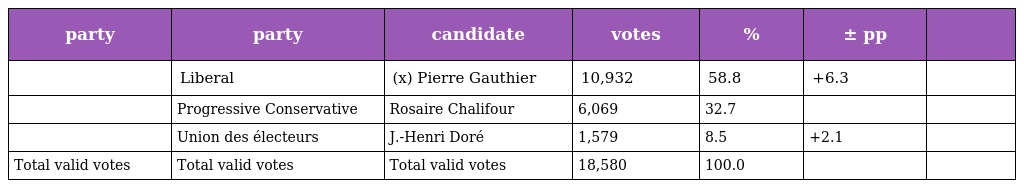
| party | party | candidate | votes | % | ± pp |  |
 | --- | --- | --- | --- | --- | --- | --- |
 |  | Liberal | (x) Pierre Gauthier | 10,932 | 58.8 | +6.3 |  |
 |  | Progressive Conservative | Rosaire Chalifour | 6,069 | 32.7 |  |  |
 |  | Union des électeurs | J.-Henri Doré | 1,579 | 8.5 | +2.1 |  |
 | Total valid votes | Total valid votes | Total valid votes | 18,580 | 100.0 |  |  |